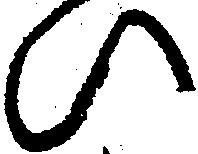
い